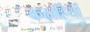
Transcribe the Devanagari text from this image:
कढ़ाहियां